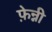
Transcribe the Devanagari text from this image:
फ़ेन्नी